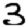
Digit: 3